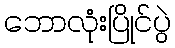
ဘောလုံးပြိုင်ပွဲ